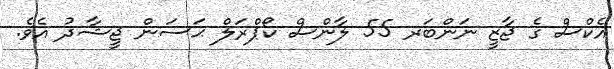
އެކްސް ގެ ޖާޒީ ނަންބަރ 55 ލާންސް ކޯޕްރަލް ޙަސަން ޖީޝާދު އެވެ.